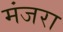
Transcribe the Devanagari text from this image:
मंजरा